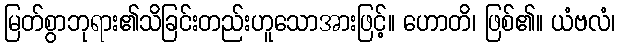
မြတ်စွာဘုရား၏သိခြင်းတည်းဟူသောအားဖြင့်။ ဟောတိ၊ ဖြစ်၏။ ယံဗလံ၊